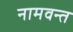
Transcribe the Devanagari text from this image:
नामवन्त